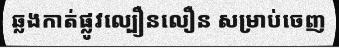
ឆ្លងកាត់ផ្លូវល្បឿនលឿន សម្រាប់ចេញ